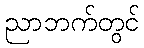
ညာဘက်တွင်